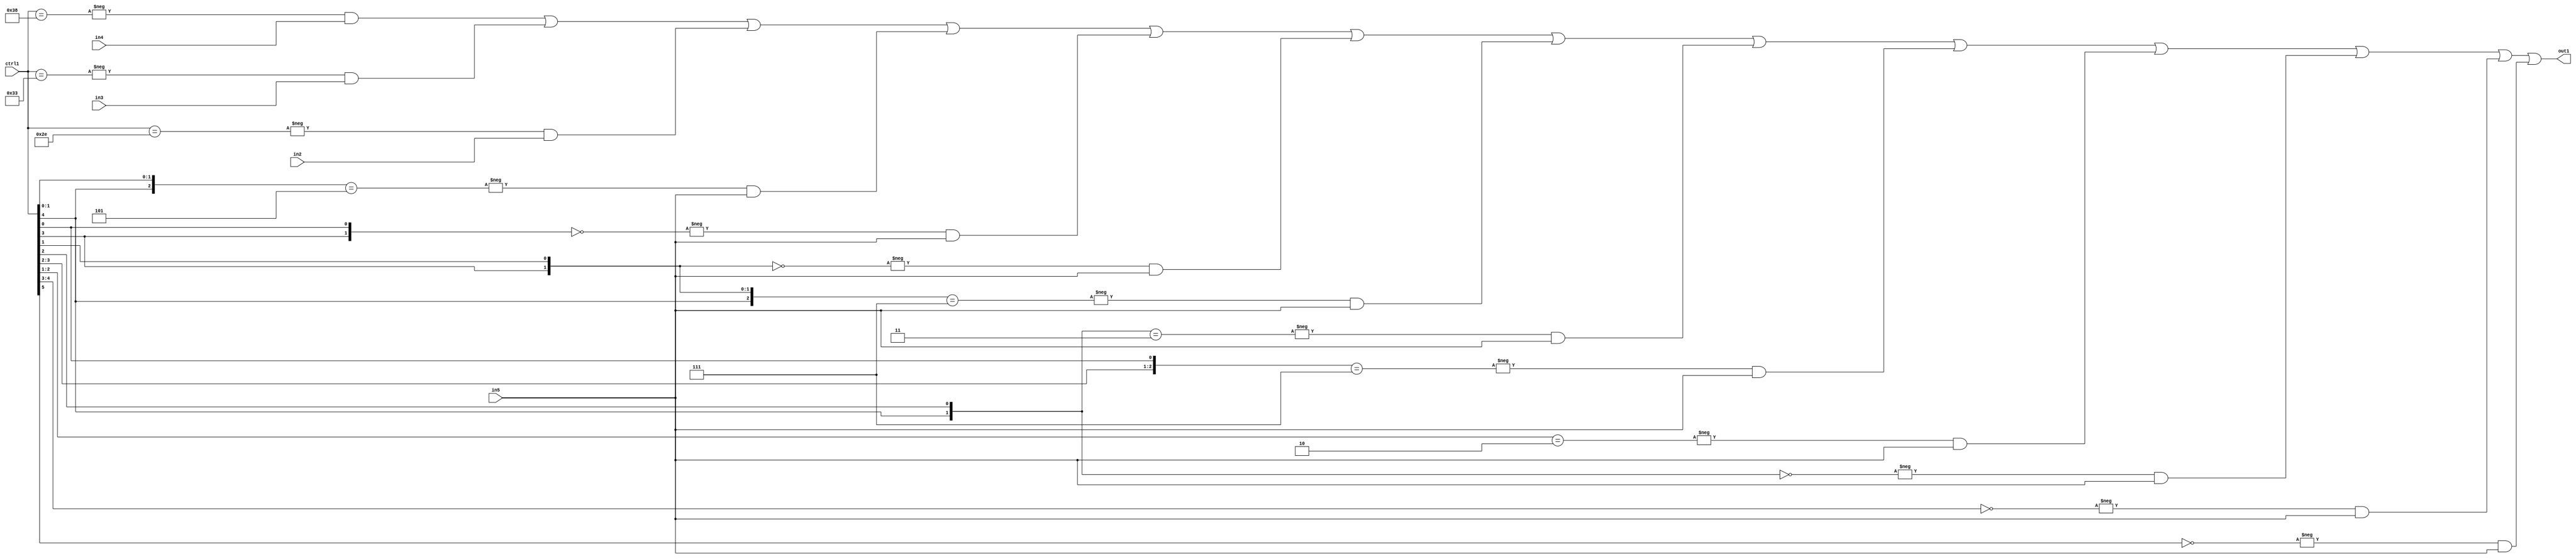
`timescale 1ps / 1ps
/*****************************************************************************
    Verilog RTL Description
    
    
    Created by: Stratus DpOpt 21.05.01 
*******************************************************************************/

module SobelFilter_N_Mux_32_4_37_4 (
	in5,
	in4,
	in3,
	in2,
	ctrl1,
	out1
	); /* architecture "behavioural" */ 
input [31:0] in5;
input [8:0] in4,
	in3,
	in2;
input [5:0] ctrl1;
output [31:0] out1;
wire [31:0] asc001;

assign asc001 = 
	-{ctrl1 == 6'B111000} & in4 |
	-{ctrl1 == 6'B110011} & in3 |
	-{ctrl1 == 6'B101110} & in2 |
	-{{ctrl1[4], ctrl1[1:0]} == 3'B101} & in5 |
	-{{ctrl1[3], ctrl1[0]} == 2'B00} & in5 |
	-{{ctrl1[3], ctrl1[1]} == 2'B00} & in5 |
	-{{ctrl1[4:3], ctrl1[1]} == 3'B111} & in5 |
	-{{ctrl1[4], ctrl1[2]} == 2'B11} & in5 |
	-{{ctrl1[3:2], ctrl1[0]} == 3'B111} & in5 |
	-{ctrl1[2:1] == 2'B10} & in5 |
	-{{ctrl1[4], ctrl1[2]} == 2'B00} & in5 |
	-{ctrl1[4:3] == 2'B00} & in5 |
	-{ctrl1[5] == 1'B0} & in5 ;

assign out1 = asc001;
endmodule

/* CADENCE  vLX3SgA= : u9/ySxbfrwZIxEzHVQQV8Q== ** DO NOT EDIT THIS LINE ******/